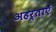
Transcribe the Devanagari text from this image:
अहर्ताएँ